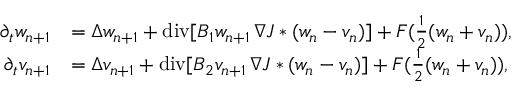
\begin{array} { r l } { \partial _ { t } w _ { n + 1 } } & { = \Delta w _ { n + 1 } + \mathrm { d i v } [ B _ { 1 } w _ { n + 1 } \, \nabla J * ( w _ { n } - v _ { n } ) ] + F ( \frac { 1 } { 2 } ( w _ { n } + v _ { n } ) ) , } \\ { \partial _ { t } v _ { n + 1 } } & { = \Delta v _ { n + 1 } + \mathrm { d i v } [ B _ { 2 } v _ { n + 1 } \, \nabla J * ( w _ { n } - v _ { n } ) ] + F ( \frac { 1 } { 2 } ( w _ { n } + v _ { n } ) ) , } \end{array}